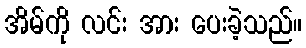
အိမ်ကို လင်း အား ပေးခဲ့သည်။